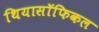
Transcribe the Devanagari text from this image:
थियासॉफिकल